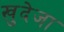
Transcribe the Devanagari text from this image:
खुदेजा